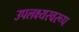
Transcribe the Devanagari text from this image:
उपलक्ष्यस्वरूप